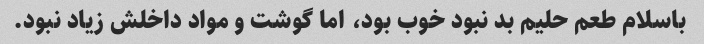
باسلام طعم حلیم بد نبود خوب بود، اما گوشت و مواد داخلش زیاد نبود.